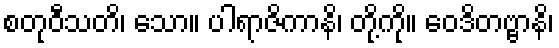
စတုဝီသတိ၊ သော။ ပါရာဇိကာနိ၊ တို့ကို။ ဝေဒိတဗ္ဗာနိ၊